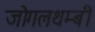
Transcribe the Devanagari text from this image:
जोगलथम्बी